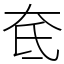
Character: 奃